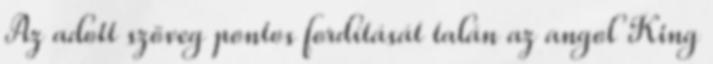
Az adott szöveg pontos fordítását talán az angol King